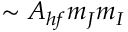
\sim A _ { h f } m _ { J } m _ { I }